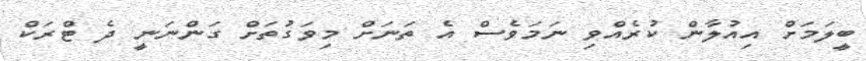
ބީލަމަށް އިއުލާން ކުރެއްވި ނަމަވެސް އެ ތަނަށް މިވަގުތަށް ގަންނަނީ ދެ ޓްރަކް